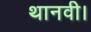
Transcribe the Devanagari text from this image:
थानवी।